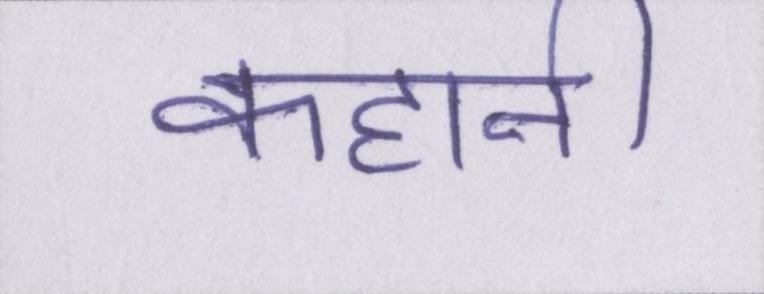
कहानी